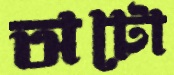
অটো